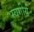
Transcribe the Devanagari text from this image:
स्वगीर्य